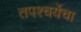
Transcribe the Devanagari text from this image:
तपश्‍चर्येचा